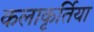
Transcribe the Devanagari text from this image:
कलाकृर्तिया